Medical and sanitary report of the native army of Bengal for the year
Year: 1878
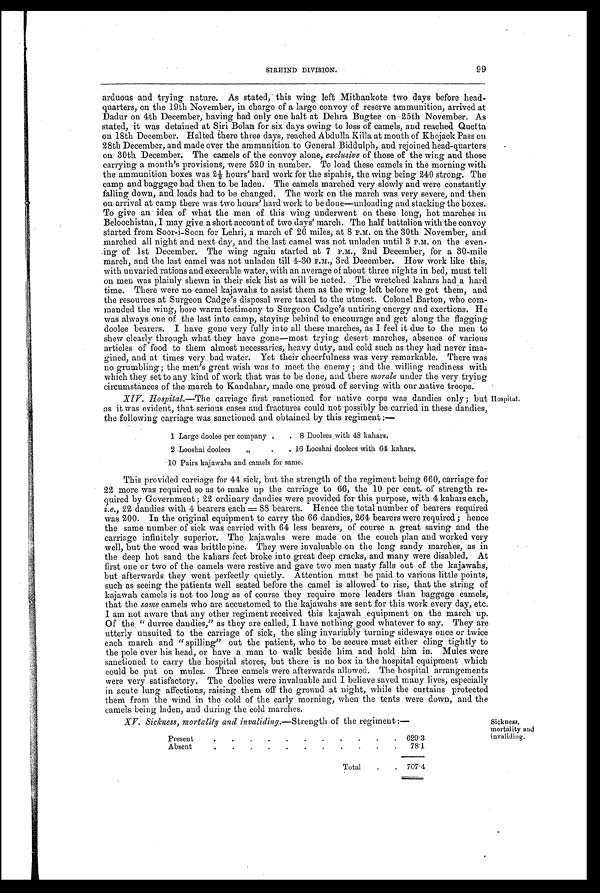
SIRHIND
99
arduous and trying nature. As stated, this wing left Mithaukote two days before head
- q u a r t e r s , o n t h e 1 9 t h N o v e m b e r , i n c h a r g e o f a l a r g e c o n v o y o f r e s e r v e a m m u n i t i o n , a r r i v e d a t
Dadur on 4th December, having had only one halt at Dehra Bugtee on 25th November. As
s t a t e d , i t wa s d e t a i n e d a t S i r i Bo l a n f o r s i x d a y s o wi n g t o l o s s o f c a me l s , a n d r e a c h e d Qu e t t a
on 18th December. Halted there three days, reached Abdulla Killa at mouth of Khojack Pass on
28th December, and made over the ammunition to General Biddulph, and rejoined head-quarters
on 30th December. The camels of the convoy alone, excl usi ve of those of the wing and those
carrying a month's provisions, were 520 in number. To load these camels in the morning with
the ammunition boxes was 2½ hours' hard work for the sipahis, the wing being 240 strong. The
camp and baggage had then to be laden. The camels marched very slowly and were constantly
falling down, and loads had to be changed. The work on the march was very severe, and then
on arrival at camp there was two hours' hard work to be done—unloading and stacking the boxes.
To give an idea of what the men of this wing underwent on these long, hot marches in
Beloochistan, I may give a short account of two clays' march. The half battalion with the convoy
started from Soor-i-Soon for Lehri, a march of 26 miles, at 8 P.M. on the 30th November, and
marched all night and next day, and the last camel was not unladen until 3 P.M. on the even
-ing of 1st December. The wing again started at 7 P.M. 2nd December, for a 30-mile
march, and the last camel was not unladen till 4-30 P.M., 3rd December. How work like this,
with unvaried rations and execrable water, with an average of about three nights in bed, must tell
on men was plainly shewn in their sick list as will be noted. The wretched kahars had a hard
time. There were no camel kajawahs to assist them as the wing left before we got them, and
the resources at Surgeon Cadge's disposal were taxed to the utmost. Colonel Barton, who com
-manded the wing, bore warm testimony to Surgeon Cadge's untiring energy and exertions. He
was always one of the last into camp, staying behind to encourage and get along the flagging
doolee bearers. I have gone very fully into all these marches, as I feel it due to the men to
spew clearly through what they have gone—most trying desert marches, absence of various
articles of food to them almost necessaries, heavy duty, and cold such as they had never ima-
gined, and at times very bad water. Yet their cheerfulness was very remarkable. There was
no grumbling; the men's great wish was to meet the enemy ; and the willing readiness with
which they set to any kind of work that was to be done, and there moral e under the very trying
circumstances of the march to Kandahar, made one proud of serving with our native troops.
XIV. Hospital.—The carriage first sanctioned. for native corps was dandies only ; but
as it was evident, that serious cases and fractures could not possibly be carried in these dandies,
the following carriage was sanctioned and obtained by this regiment :—
1 Large dool ee per company
8 Dool ees wi th 48 kahars.
2 .Looshai dool ees
16 Looshai dool ees wi th 64 kahars.
10 Pai rs kaj awahs and camel s for same.
This provided carriage for 44 sick, but the strength of the regiment being 660, carriage for
22 more was required so as to make up the carriage to 66, the 10 per cent, of strength re
- q u i r e d b y G o v e r n m e n t ; 2 2 o r d i n a r y d a n d i e s w e r e p r o v i d e d f o r t h i s p u r p o s e , w i t h 4 k a h a r s e a c h ,
i.e. , 2 2 d a n d i e s wi t h 4 b e a r e r s e a c h == 8 8 b e a r e r s . He n c e t h e t o t a l n u mb e r o f b e a r e r s r e q u i r e d
was 200. In the original equipment to carry the 66 dandies, 264 bearers were required; hence
the same number of sick was carried with 64 less bearers, of course a great saving and the
carriage infinitely superior. The kajawahs were made on the couch plan and worked very
well, but the wood was brittle pine. They were invaluable on the long sandy marches, as in
the deep hot sand the kahars feet broke into great deep cracks, and many were disabled. At
first one or two of the camels were restive and gave two men nasty falls out of the kajawahs,
but afterwards they went perfectly quietly. Attention must be paid to various little points,
such as seeing the patients well seated before the camel is allowed to rise, that the string of
kajawah camels is not too long as of course they require more leaders than baggage camels,
that the same camels who are accustomed to the kajawahs are sent for this work every day, etc.
I am not aware that any other regiment received this kajawah equipment on the march up.
Of the " durree dandies," as they are called, I have nothing good whatever to say. They are
utterly unsuited to the carriage of sick, the sling invariably turning sideways once or twice
each march and "spilling" out the patient, who to be secure must either cling tightly to
the pole over his head, or have a man to walk beside him. and hold him in. Mules were
sanctioned to carry the hospital stores, but there is no box in the hospital equipment .which
could be put on mules. Three camels were afterwards allowed. The hospital arrangements
were very satisfactory. The doolies were invaluable and I believe saved many lives, especially
in acute lung affections, raising them off the ground at night, while the curtains protected
them from the wind in the cold of the early morning, when the tents were down, and the
camels being laden, and during the cold marches.
XV. Sickness. mortality and invaliding.—Strength of the regiment :— Sickness, mortal i ty and
i nval i di ng.
Present
. . . .629.3
Absent
7 5 . 1
Total . .707.4